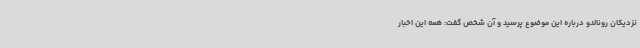
نزدیکان رونالدو درباره این موضوع پرسید و آن شخص گفت: همه این اخبار